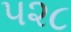
૫૨૮